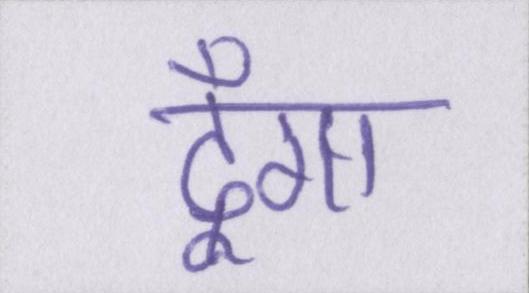
दूँगा